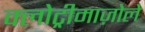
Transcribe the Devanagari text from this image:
क्लोट्रीमाज़ोले